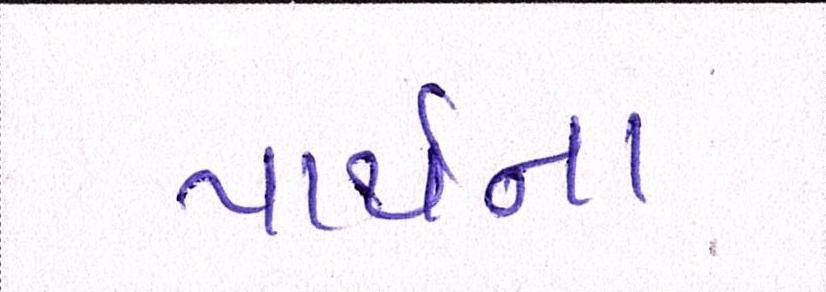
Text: પાર્થના